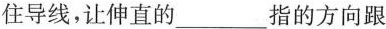
住导线，让伸直的___指的方向跟